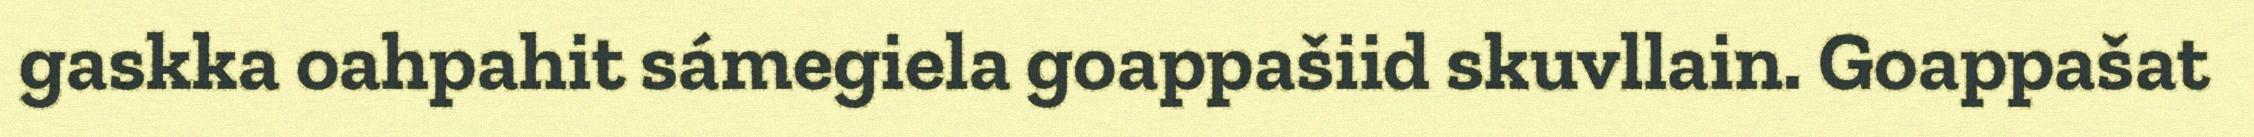
gaskka oahpahit sámegiela goappašiid skuvllain. Goappašat